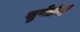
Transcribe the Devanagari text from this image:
सुपेर्तचे